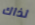
لذاك